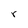
Character: r